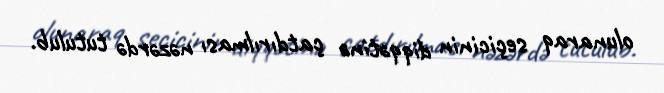
olunaraq seçicinin diqqətinə çatdırılması nəzərdə tutulub.